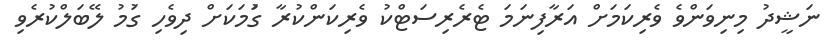
ނަޝީދު މިނިވަންވެ ވެރިކަމަށް އަރާފިނަމަ ޓެރެރިސަޓްކު ވެރިކަންކުރާ ގަުމަކަށް ދިވެހި ގަުމު ލޭބަލްކުރެވި